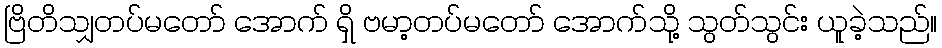
ဗြိတိသျှတပ်မတော် အောက် ရှိ ဗမာ့တပ်မတော် အောက်သို့ သွတ်သွင်း ယူခဲ့သည်။